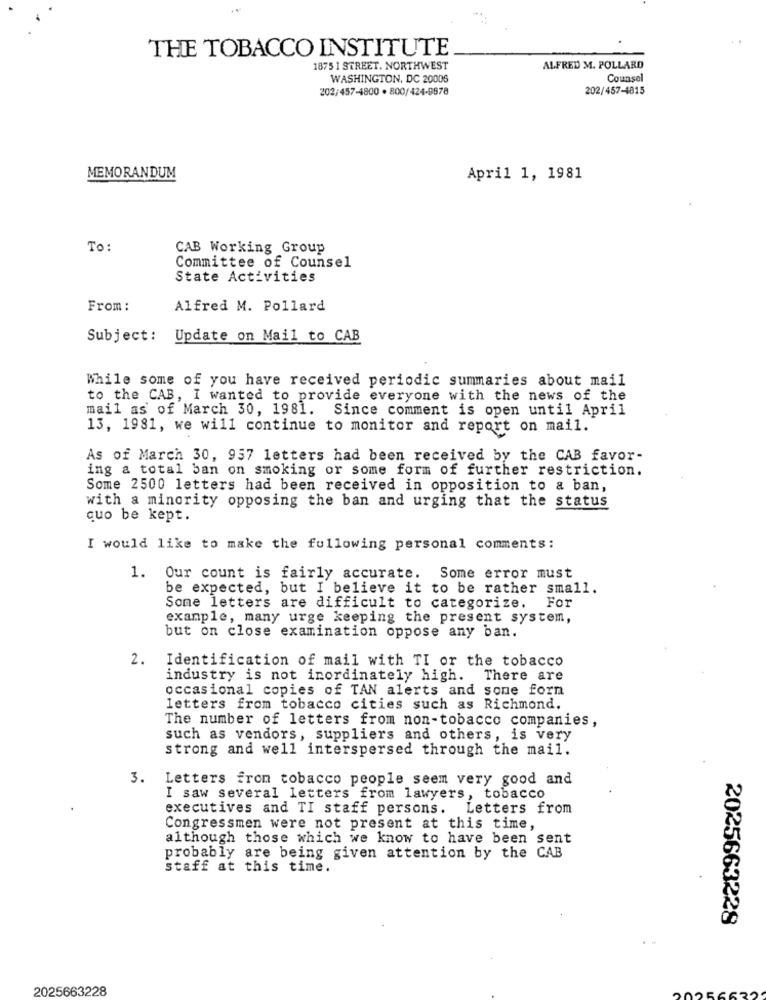
THE TOBACCO INSTITUTE
1875 1 STREET. NORTHWEST
ALFRED M. POLLARD
WASHINGTON, DC 20006
Counsel
202/457-4800 · 800/424-9878
202/457-4815
MEMORANDUM
April 1, 1981
To:
CAB Working Group
Committee of Counsel
State Activities
From :
Alfred M. Pollard
Subject: Update on Mail to CAB
While some of you have received periodic summaries about mail
to the CAB, I wanted to provide everyone with the news of the
mail as of March 30, 1981. Since comment is open until April
13, 1981, we will continue to monitor and report on mail.
As of March 30, 957 letters had been received by the CAB favor-
ing a total ban on smoking or some form of further restriction.
Some 2500 letters had been received in opposition to a ban,
with a minority opposing the ban and urging that the status
quo be kept.
I would like to make the following personal comments:
1. Our count is fairly accurate. Some error must
be expected, but I believe it to be rather small.
Some letters are difficult to categorize. For
example, many urge keeping the present system,
but on close examination oppose any ban.
2. Identification of mail with TI or the tobacco
industry is not inordinately high. There are
occasional copies of TAN alerts and sone forn
letters from tobacco cities such as Richmond.
The number of letters from non-tobacco companies,
such as vendors, suppliers and others, is very
strong and well interspersed through the mail.
3.
Letters from tobacco people seem very good and
I saw several letters from lawyers, tobacco
executives and TI staff persons. Letters from
Congressmen were not present at this time,
although those which we know to have been sent
probably are being given attention by the CAB
staff at this time.
2025663228
2025663228